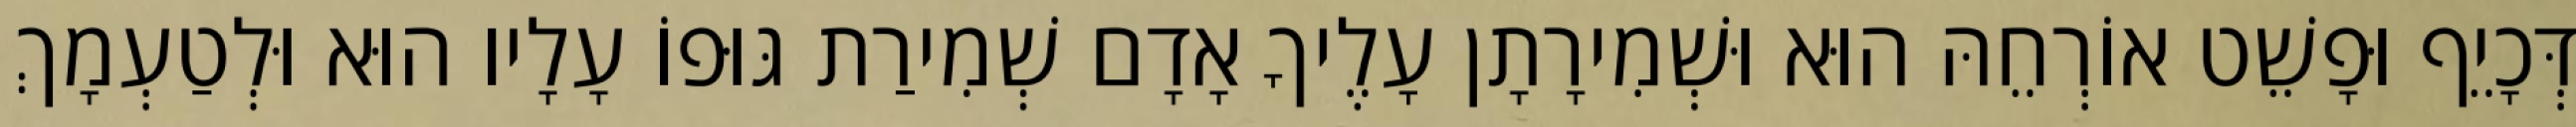
דְּכָיֵף וּפָשֵׁט אוֹרְחֵהּ הוּא וּשְׁמִירָתָן עָלֶיךָ אָדָם שְׁמִירַת גּוּפוֹ עָלָיו הוּא וּלְטַעְמָךְ